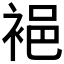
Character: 𲀲